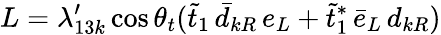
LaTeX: L=\lambda_{13k}^{\prime}\cos\theta_{t}(\tilde{t}_{1}\, \bar{d}_{kR}\, e_{L}+\tilde{t}_{1}^{*}\, \bar{e}_{L}\, d_{kR})